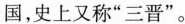
国，史上又称“三晋”。